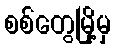
စစ်တွေမြို့မှ